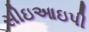
સીઇઆઇપી